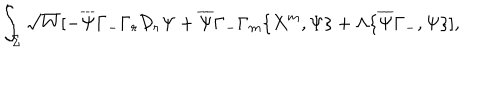
LaTeX: \int _ { \Sigma } \sqrt { W } [ - \overline { { { \Psi } } } \Gamma _ { - } \Gamma _ { r } \mathcal { D } _ { r } \Psi + \overline { { { \Psi } } } \Gamma _ { - } \Gamma _ { m } \{ X ^ { m } , \Psi \} + \Lambda \{ \overline { { { \Psi } } } \Gamma _ { - } , \Psi \} ] ,